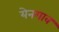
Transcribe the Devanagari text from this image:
येनगाव